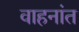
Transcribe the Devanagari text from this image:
वाहनांत